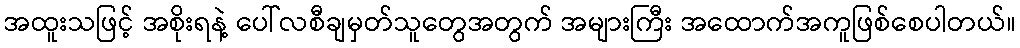
အထူးသဖြင့် အစိုးရနဲ့ ပေါ်လစီချမှတ်သူတွေအတွက် အများကြီး အထောက်အကူဖြစ်စေပါတယ်။